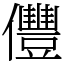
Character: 㒥